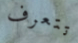
تتعرف